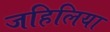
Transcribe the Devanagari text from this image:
जहिलिया